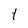
Character: 1